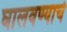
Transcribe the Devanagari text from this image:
घालवण्याचे